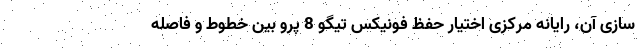
سازی آن، رایانه مرکزی اختیار حفظ فونیکس تیگو 8 پرو بین خطوط و فاصله